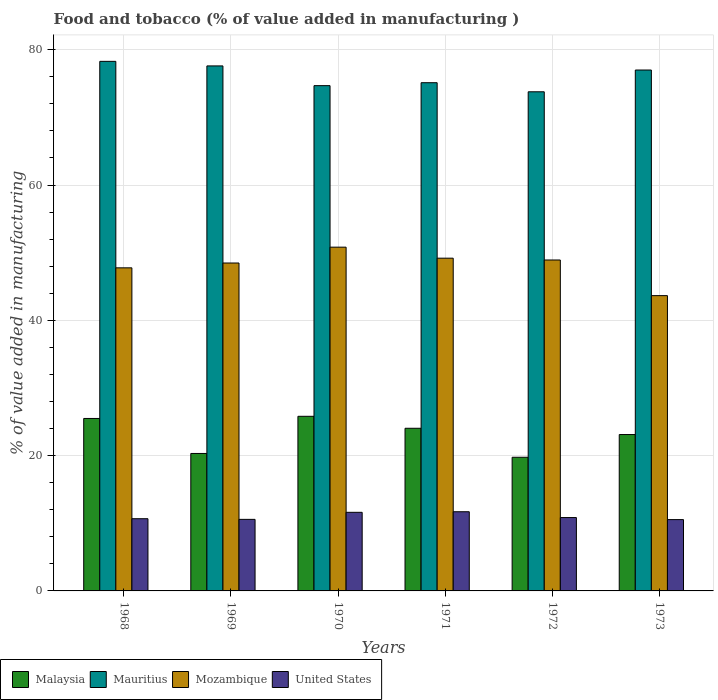
| Years | Malaysia | Mauritius | Mozambique | United States |
 | --- | --- | --- | --- | --- |
 | 1968 | 25.5 | 78.3 | 47.8 | 10.7 |
 | 1969 | 20.3 | 77.6 | 48.5 | 10.6 |
 | 1970 | 25.8 | 74.7 | 50.8 | 11.6 |
 | 1971 | 24 | 75.1 | 49.2 | 11.7 |
 | 1972 | 19.8 | 73.8 | 48.9 | 10.8 |
 | 1973 | 23.1 | 77 | 43.7 | 10.5 |